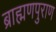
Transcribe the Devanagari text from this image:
ब्राह्मणपुराण